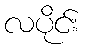
လပိုင်း